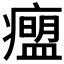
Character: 𬏾